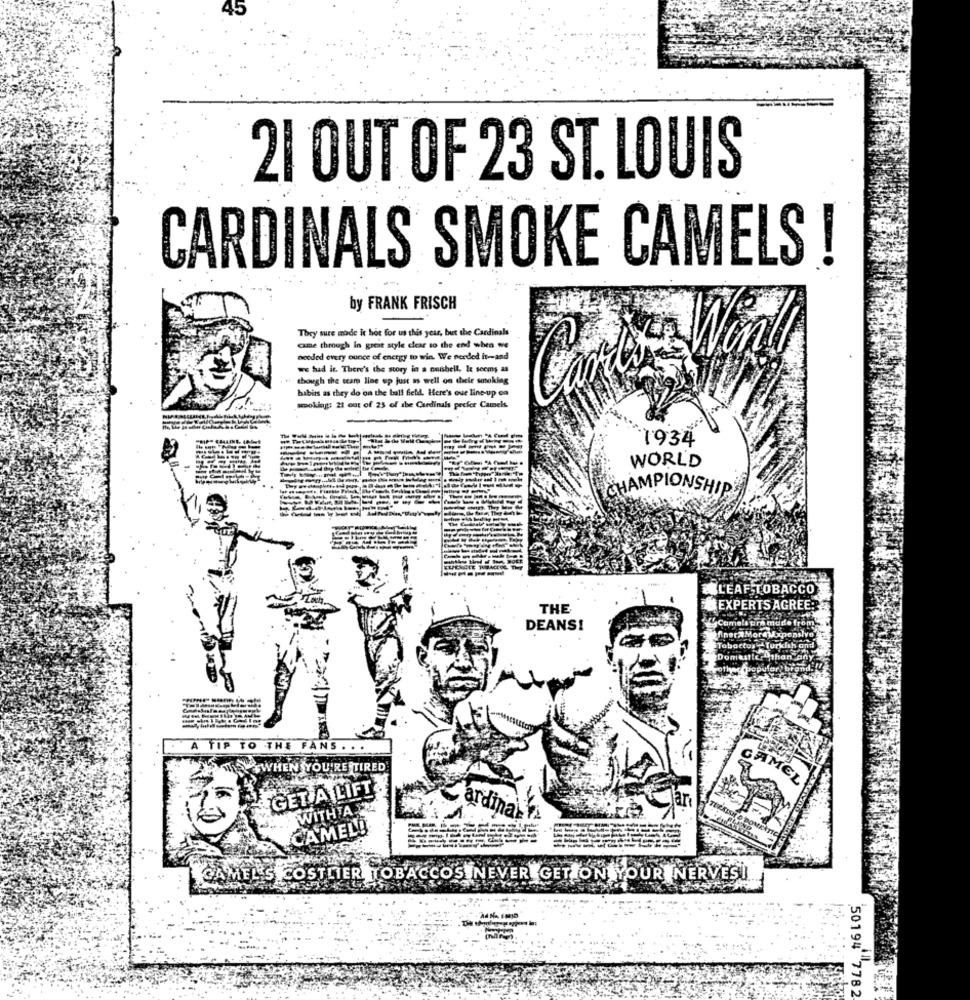
21 OUT OF 23 ST. LOUIS
CARDINALS SMOKE CAMELS !
by FRANK FRISCH
They sure made it hot for us this year, but the Cardinals
came through in great style clear so the end when we
needed every ounce of energy to win. We needed it-and
we had it. There's the story in a onishell. It seems as
though the cear line up just as well on their smoking
habits as they do on the ball field. Here's ove line-up on
sooking: 21 out of 23 of the Cardinals prefer Camek.
-
...
1934
WORLD
CHAMPIONSHIP
LEAF TOBACCO
THE
EXPERTS AGREE?
Came
DEANS!
Tobactos -Turkish and
Donia
A TIP TO THE FANS . . .
EN YOU'RE TIRED
AMEL
GET A LIFT &
WITHTA 4
Jan
Cardinal 2
CAMEL!
GAMEL'S COSTLIER TOBACCOS NEVER GET ON YOUR NERVES!
50194 7782